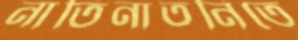
নাতিনাতনিতে